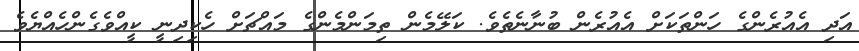
އަދި އެއުރެންގެ ހަންތަކަށް އެއުރެން ބުނާނެތެވެ. ކަލޭމެން ތިމަންމެންގެ މައްޗަށް ހެކިދިނީ ކީއްވެގެންހެއްޔެވެ